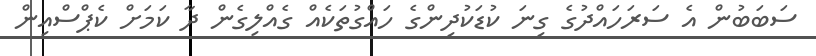
ސަބަބުން އެ ސަރަހައްދުގެ ގިނަ ކުޑަކުދިންގެ ހައްގުތަކެއް ގެއްލިގެން ދާ ކަމަށް ކެޕްސްއިން